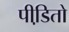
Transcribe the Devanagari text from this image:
पीडि़तो